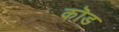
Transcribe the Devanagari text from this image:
कॊड